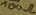
Text: 100Ω